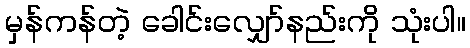
မှန်ကန်တဲ့ ခေါင်းလျှော်နည်းကို သုံးပါ။